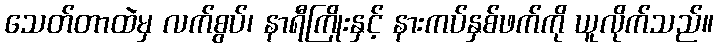
သေတ်တာထဲမှ လက်စွပ်၊ နာရီကြိုးနှင့် နားကပ်နှစ်ဖက်ကို ယူလိုက်သည်။